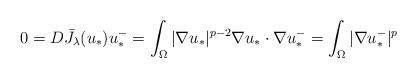
LaTeX: \begin{align*} 0 = D\bar J_\lambda(u_*) u_*^- = \int_\Omega |\nabla u_*|^{p-2} \nabla u_* \cdot \nabla u_*^- = \int_\Omega |\nabla u_*^-|^p\end{align*}